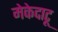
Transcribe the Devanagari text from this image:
मेकेदाटू